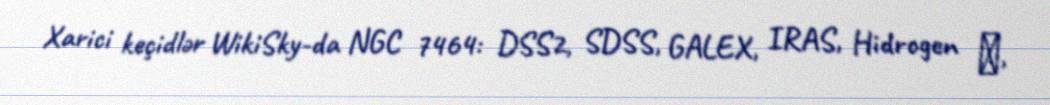
Xarici keçidlər WikiSky-da NGC 7464: DSS2, SDSS, GALEX, IRAS, Hidrogen α,